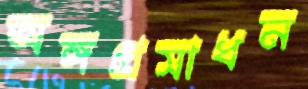
অঙ্গপ্রসাধন